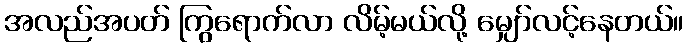
အလည်အပတ် ကြွရောက်လာ လိမ့်မယ်လို့ မျှော်လင့်နေတယ်။